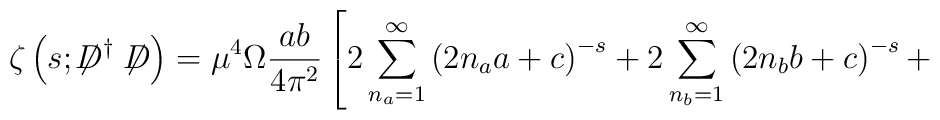
\zeta\left(s;\not\!\!D^{\dag}\not\!\!D\right)={\mu}^4 \Omega\frac{ab}{4{\pi}^2}\left[ 2\sum_{n_a=1}^{\infty} \left(2n_aa+c\right)^{-s} + 2\sum_{n_b=1}^{\infty} \left(2n_bb+c\right)^{-s}+\right.